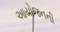
આયોજનની